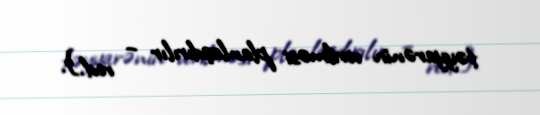
təyyarənin verilməsi planlaşdırılır – red.).